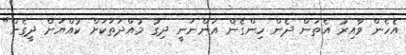
އެހެން ވާއިރު އެތަން ދެން ހިންގެން އަންނަނީ ދިގު މުއްދަތަކަށް ކުއްޔަށް ދީގެން"